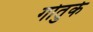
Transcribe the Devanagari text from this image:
गोतुर्क